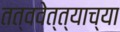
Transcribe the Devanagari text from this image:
तत्ववेत्त्याच्या